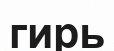
гирь